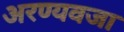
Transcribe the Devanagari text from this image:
अरण्यवजा